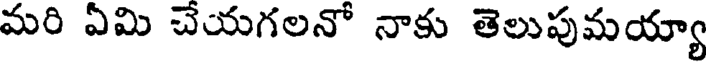
మరి ఏమి చేయగలనో నాకు తెలుపుమయ్యా